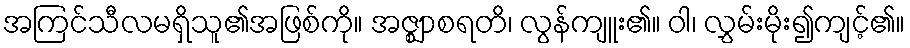
အကြင်သီလမရှိသူ၏အဖြစ်ကို။ အဇ္ဈာစရတိ၊ လွန်ကျူး၏။ ဝါ၊ လွှမ်းမိုး၍ကျင့်၏။